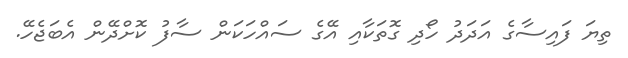
ތިޔަ ފައިސާގެ އަދަދު ހޯދި ގޮތަކާއި އޭގެ ސައްހަކަން ސާފު ކޮށްދޭން އެބަޖެހޭ.